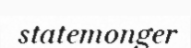
statemonger